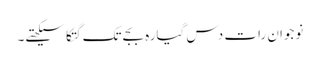
نوجوان رات دس گیارہ بجے تک گتکا سیکھتے۔